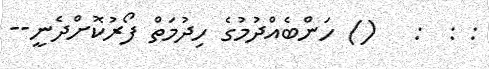
: :  :   () ހަންބެއްދުމުގެ ހިދުމަތް ފޯރުކޮށްދެނީ--